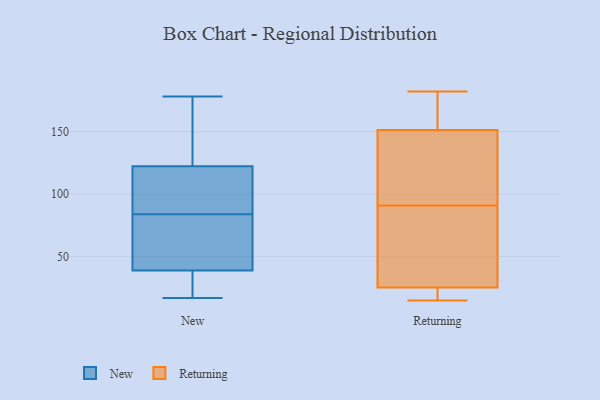
{"axis": {"x": "Website Visitors", "y": "Value"}, "legend": ["New", "Returning"], "data": [{"x": "", "y": 89, "type": "New"}, {"x": "", "y": 78, "type": "New"}, {"x": "", "y": 178, "type": "New"}, {"x": "", "y": 42, "type": "New"}, {"x": "", "y": 20, "type": "New"}, {"x": "", "y": 151, "type": "New"}, {"x": "", "y": 17, "type": "New"}, {"x": "", "y": 135, "type": "New"}, {"x": "", "y": 123, "type": "New"}, {"x": "", "y": 23, "type": "New"}, {"x": "", "y": 55, "type": "New"}, {"x": "", "y": 84, "type": "New"}, {"x": "", "y": 120, "type": "New"}, {"x": "", "y": 38, "type": "New"}, {"x": "", "y": 117, "type": "New"}, {"x": "", "y": 15, "type": "Returning"}, {"x": "", "y": 17, "type": "Returning"}, {"x": "", "y": 91, "type": "Returning"}, {"x": "", "y": 136, "type": "Returning"}, {"x": "", "y": 173, "type": "Returning"}, {"x": "", "y": 182, "type": "Returning"}, {"x": "", "y": 83, "type": "Returning"}, {"x": "", "y": 103, "type": "Returning"}, {"x": "", "y": 116, "type": "Returning"}, {"x": "", "y": 144, "type": "Returning"}, {"x": "", "y": 27, "type": "Returning"}, {"x": "", "y": 177, "type": "Returning"}, {"x": "", "y": 57, "type": "Returning"}, {"x": "", "y": 45, "type": "Returning"}, {"x": "", "y": 182, "type": "Returning"}, {"x": "", "y": 20, "type": "Returning"}, {"x": "", "y": 17, "type": "Returning"}]}